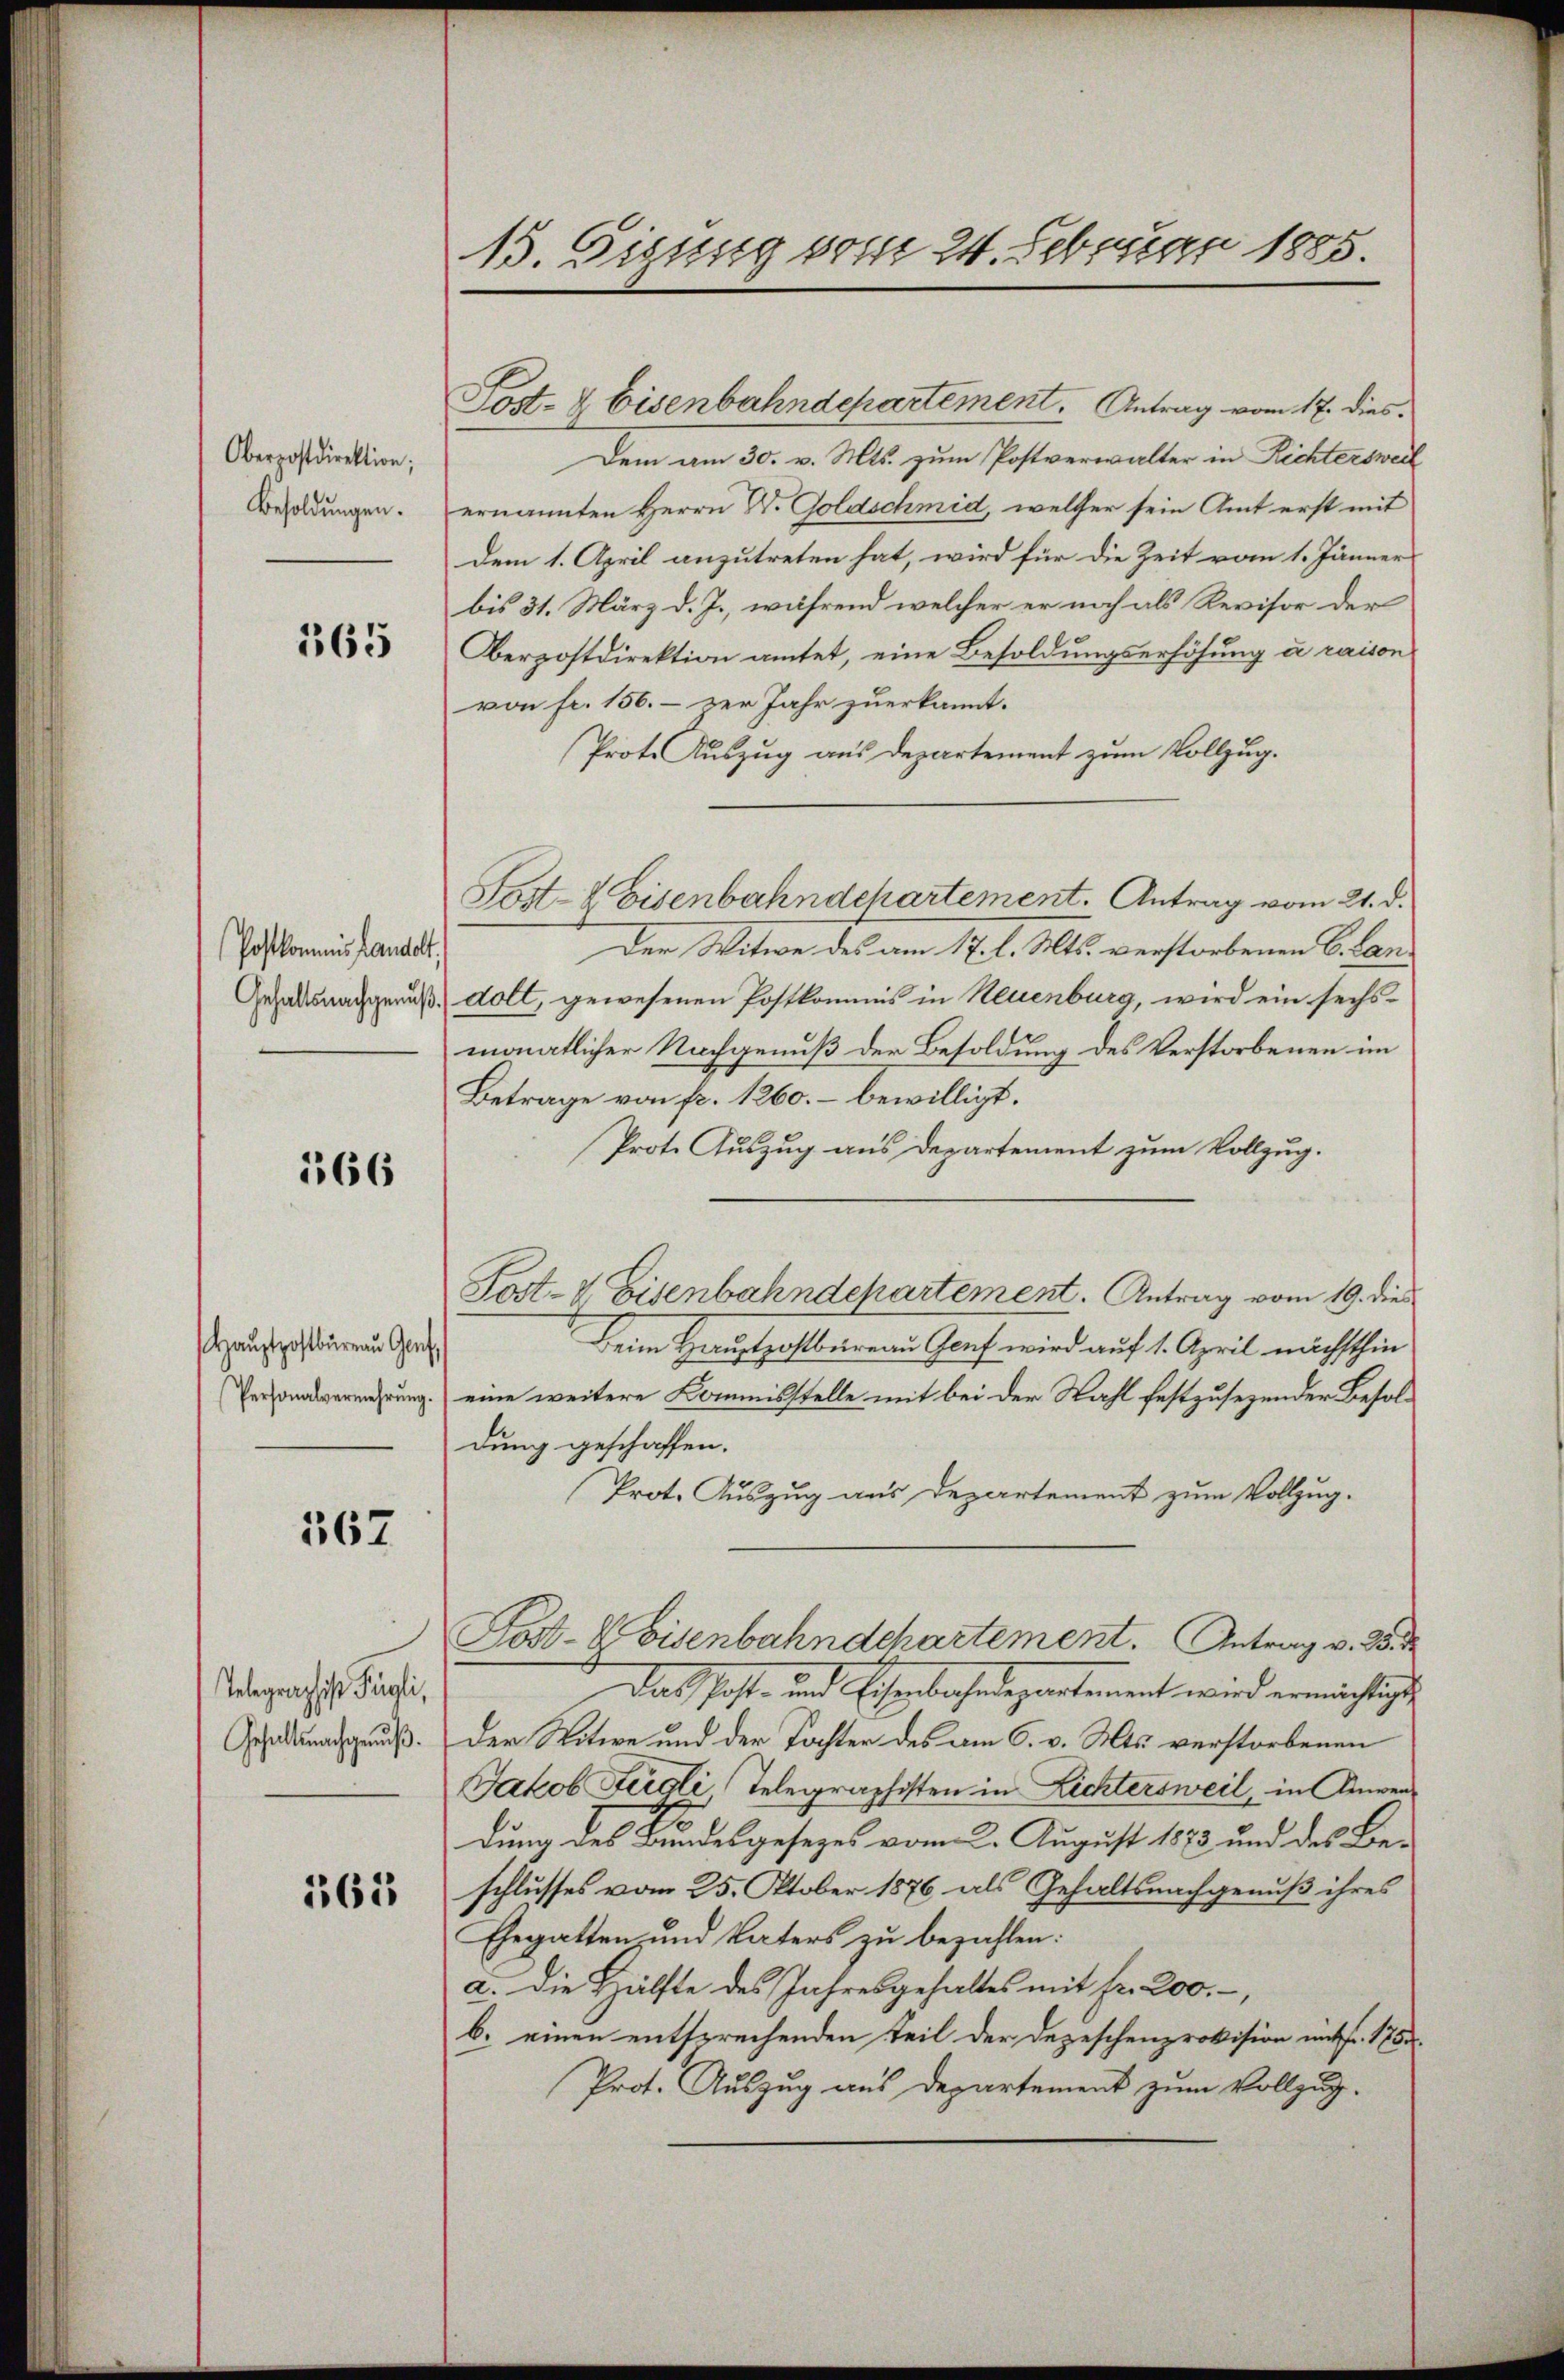
Oberpostdirektion;
Besoldungen.

165

(Postkommnis handelt.
Gehaltsnachgenuß

566

Hauptpostbureau Genf,
Personalvermehrung.

567

.
Telegraphist Fügli,
Gehaltsnachgenuß.

365

13. Sissig vom 24. Februar 1885

Dem am 30. v. Mts. zum Postverwalter in Richtersweil
ernannten Herrn D. Goldschmid, welcher sein Amt erst mit
dem 1. April anzutreten hat, wird für die Zeit vom 1. Jänner
bis 31. März d. J., während welcher er noch als Revisor der
Berpostdirektion amtet, eine Besoldungserhöhung a raison
von fr. 156. zur Jahr zuerkannt.
Prote Auszug aus Departement zum Vollzug.
Der Witwe des am 17. l. Mts. verstorbenen C. Lan-
dolt, gewesenen Postkommnis in Neuenburg, wird ein sechsmonatlicher Nachgenuß der Besoldung des Verstorbenen im
Betrage von fr. 1260. – bewilligt.
Prote Auszug aus Departement zum Vollzug.
Post- & Eisenbahndepartement. Antrag vom 19. dies
Beim Hauptpostbüreau Genf wird auf 1. April nächsthin
eine weitere Kommisstelle mit bei der Wahl festzusezender Besoldung geschaffen.
Prot. Auszug aus Departement zum Vollzug.
Post-Weisenbahndchartement. Antrag v. 25. d
Das Post- und Eisenbahndepartement wird ermächtigte
Der Witwe und der Tochter des am 6. v. Mts. verstorbenen
Jakob Feigli, Telegraphisten in Lichtersweil, in Anwendung des Bundesgesezes vom 2. August 1873 und des Beschlusses vom 25. Oktober 1876 als Gehaltsnachgenuß ihres
Gegatten und Vaters zu bezahlen:
a. Die Hälfte des Jahresgehaltes mit Fr. 200.-,
b. einen entsprechenden Teil der Depeschenprovision entfr. 175.
Prot. Auszug aus Departement zum Vollzug.

Sost- & Eisenbahndchartement. Antrag vom 21. d.

Post- & Eisenbahndepartement. Antrag vom 17. dies